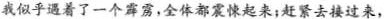
我似乎遇着了一个霹雳，全体都震悚起来；赶紧去接过来，